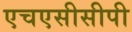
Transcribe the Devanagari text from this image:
एचएसीसीपी